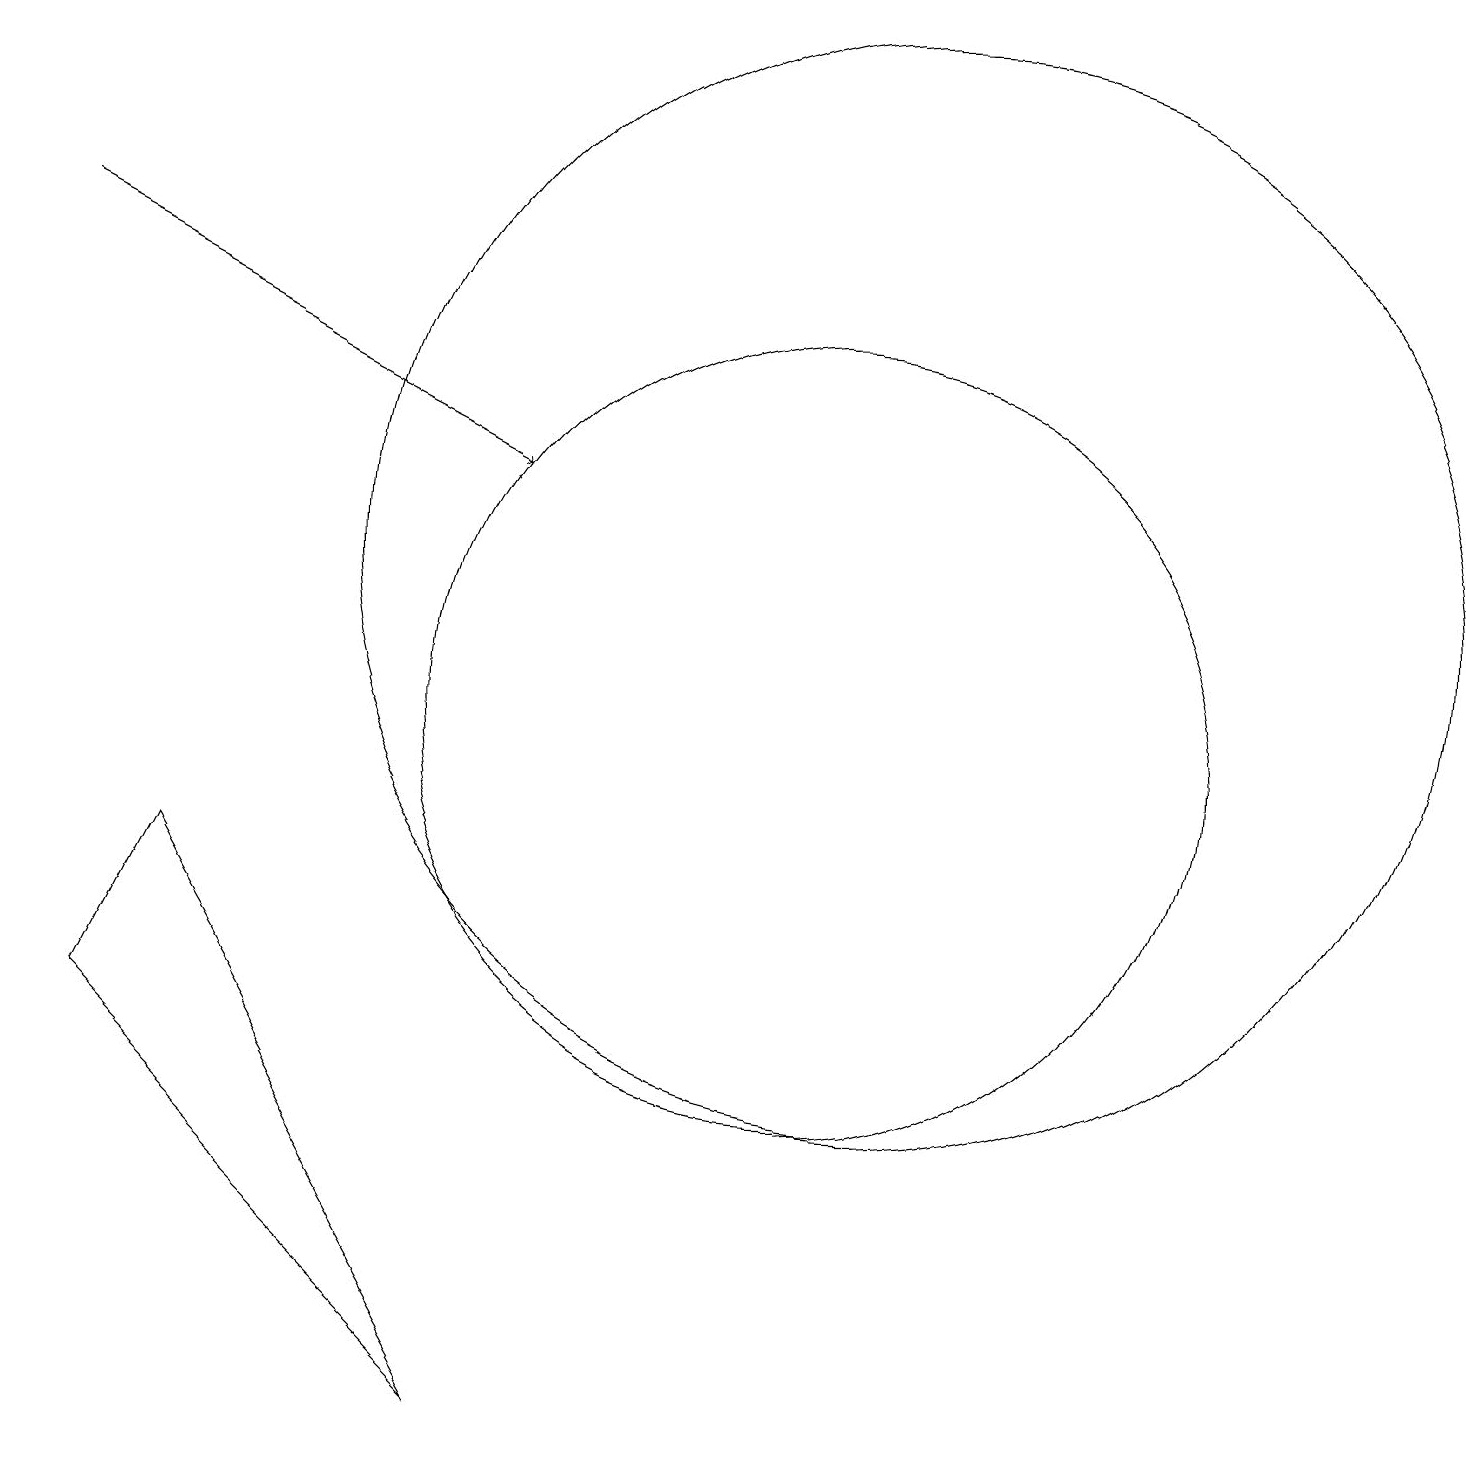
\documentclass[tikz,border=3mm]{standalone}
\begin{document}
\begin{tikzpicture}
\draw[->] (1,16) -- (7,13);
\draw (11,10) circle (5);
\draw (7,1) -- (3,8) -- (2,6) -- cycle;
\draw (12,12) circle (7);
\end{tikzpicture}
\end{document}